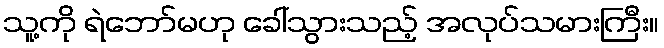
သူ့ကို ရဲဘော်မဟု ခေါ်သွားသည့် အလုပ်သမားကြီး။